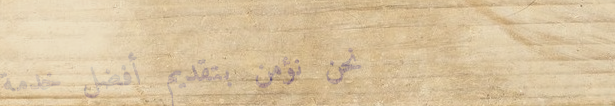
نحن نؤمن بتقديم أفضل خدمة